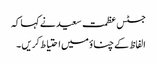
جسٹس عظمت سعید نے کہا کہ
الفاظ کے چناؤ میں احتیاط کریں ۔